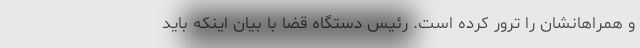
و همراهانشان را ترور کرده است. رئیس دستگاه قضا با بیان اینکه باید